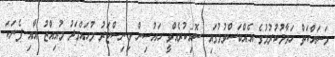
މަސައްކަތް ހަވާލުކުރުމުގެ އެއްބަސްވުމުގައި ސޮއިކުރެެއްވީ ހައުސިން މިނިސްޓަރު މުހައްމަދު މުއިއްޒު އާއިި ފެނަކަ